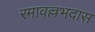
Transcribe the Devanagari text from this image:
रमावल्लभदास